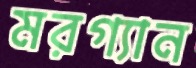
মরগ্যান